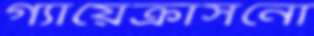
গ্যায়েক্রাসনো